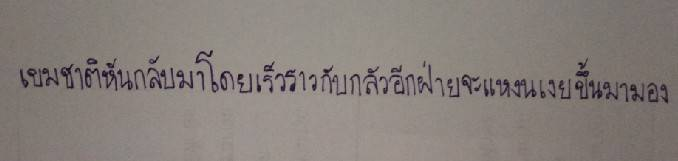
เขมชาติหันกลับมาโดยเร็วราวกับกลัวอีกฝ่ายจะแหงนเงยขึ้นมามอง